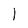
Character: 1